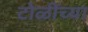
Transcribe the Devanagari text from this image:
टोळींच्या